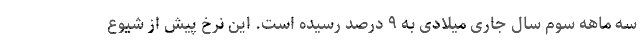
سه ماهه سوم سال جاری میلادی به ۹ درصد رسیده است. این نرخ پیش از شیوع